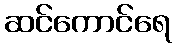
ဆင်ကောင်ရေ